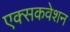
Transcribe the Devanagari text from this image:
एक्सकवेशन